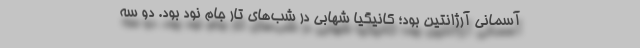
آسمانی آرژانتین بود؛ کانیگیا شهابی در شب‌های تار جام نود بود. دو سه